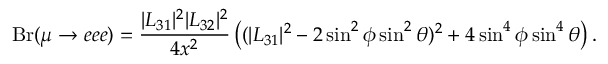
\mathrm { { B r } } ( \mu \rightarrow e e e ) = \frac { | L _ { 3 1 } | ^ { 2 } | L _ { 3 2 } | ^ { 2 } } { 4 x ^ { 2 } } \left( ( | L _ { 3 1 } | ^ { 2 } - 2 \sin ^ { 2 } \phi \sin ^ { 2 } \theta ) ^ { 2 } + 4 \sin ^ { 4 } \phi \sin ^ { 4 } \theta \right) .